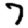
Digit: 7